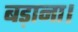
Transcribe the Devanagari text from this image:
बड़ाना।